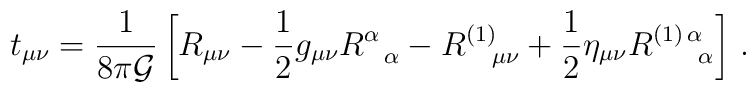
t_{\mu\nu}=\frac{1}{8\pi {\cal G}}\left [ R_{\mu\nu}-\frac{1}{2}g_{\mu\nu} R^{\alpha}_{\;\;\;\alpha} -R^{(1)}_{\;\;\;\;\mu\nu}+\frac{1}{2}\eta_{\mu\nu} R^{(1)\,\alpha}_{\;\;\;\;\;\;\;\alpha} \right ] \,.